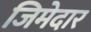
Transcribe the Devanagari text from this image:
जिमेदार